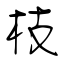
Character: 枝